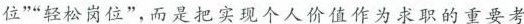
位””轻松岗位”，而是把实现个人价值作为求职的重要考